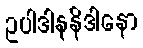
ဥပါဒါနနိဒါနော